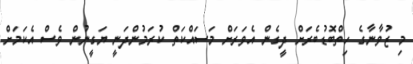
މި ޒުވާނާގެ ހިތްބޮޑުބެރަށް ދީގެން އެވަރަށް މަސައްކަތް ކުރަމުންދަނީ ޔަގީނުން ވެސް އެކަމަށް